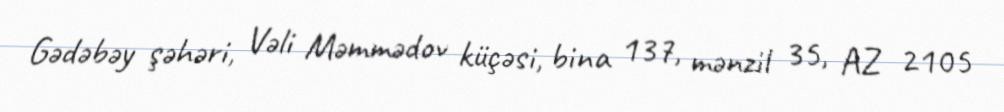
Gədəbəy şəhəri, Vəli Məmmədov küçəsi, bina 137, mənzil 35, AZ 2105